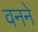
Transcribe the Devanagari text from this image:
वनने